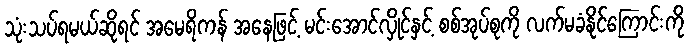
သုံးသပ်ရမယ်ဆိုရင် အမေရိကန် အနေဖြင့် မင်းအောင်လှိုင်နှင့် စစ်အုပ်စုကို လက်မခံနိုင်ကြောင်းကို